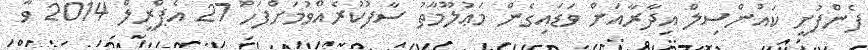
ފެންފުށީ ކައުންސިލް އިދާރާއަށް ވަޑައިގެން މަޢުލޫމާތު ސާފުކުރެއްވުމަށްފަހު 27 އެޕްރީލް 2014 ވާ